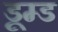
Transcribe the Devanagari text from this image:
डूम्ड